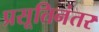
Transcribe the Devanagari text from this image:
प्रसूतिनंतर